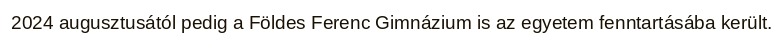
2024 augusztusától pedig a Földes Ferenc Gimnázium is az egyetem fenntartásába került.